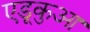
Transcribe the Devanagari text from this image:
एडूकुआ